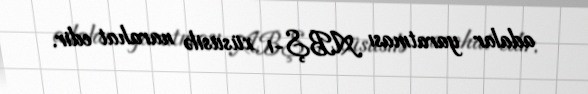
adalar yaratması ABŞ-ı xüsusilə narahat edir.